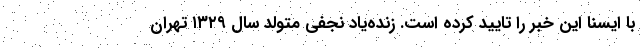
با ایسنا این خبر را تایید کرده است. زنده‌یاد نجفی متولد سال ۱۳۲۹ تهران